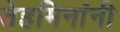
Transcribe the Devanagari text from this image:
तेहमिनांनी